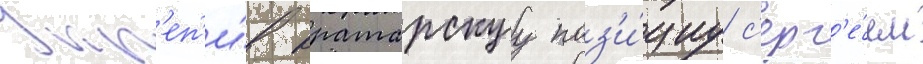
Укр'еп'и́в вратарскуу поз'и́циу с'ерг'е́ем